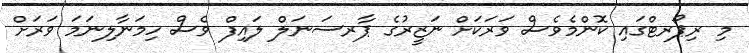
މި ރިޕޯރޓްގައި ކޮންމެވެސް ވަރަކަށް ނަޒީރުގެ ޕާރސަނަލް ލައިފް ވެސް ހިމަނާލިނަމަ ވަރަށް